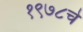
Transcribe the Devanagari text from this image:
१९७८चे